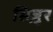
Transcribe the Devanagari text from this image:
सिज़ुर